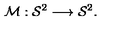
{ \cal { M } } : { \cal { S } } ^ { 2 } \longrightarrow { \cal S } ^ { 2 } .